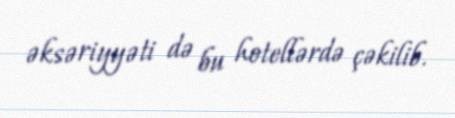
əksəriyyəti də bu hotellərdə çəkilib.